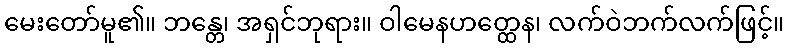
မေးတော်မူ၏။ ဘန္တေ၊ အရှင်ဘုရား။ ဝါမေနဟတ္ထေန၊ လက်ဝဲဘက်လက်ဖြင့်။